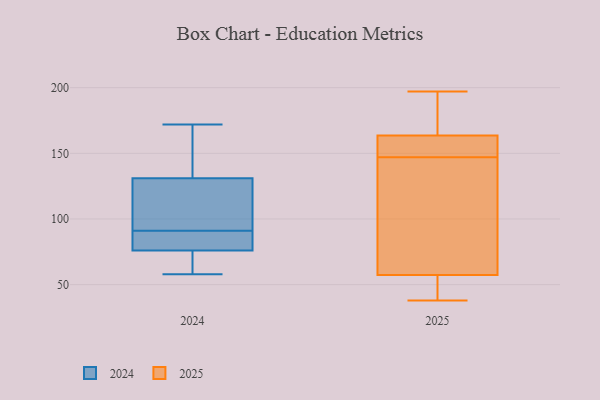
{"axis": {"x": "Satisfaction Score", "y": "Value"}, "legend": ["2024", "2025"], "data": [{"x": "", "y": 172, "type": "2024"}, {"x": "", "y": 76, "type": "2024"}, {"x": "", "y": 95, "type": "2024"}, {"x": "", "y": 87, "type": "2024"}, {"x": "", "y": 113, "type": "2024"}, {"x": "", "y": 81, "type": "2024"}, {"x": "", "y": 75, "type": "2024"}, {"x": "", "y": 131, "type": "2024"}, {"x": "", "y": 157, "type": "2024"}, {"x": "", "y": 58, "type": "2024"}, {"x": "", "y": 49, "type": "2025"}, {"x": "", "y": 177, "type": "2025"}, {"x": "", "y": 38, "type": "2025"}, {"x": "", "y": 147, "type": "2025"}, {"x": "", "y": 197, "type": "2025"}, {"x": "", "y": 121, "type": "2025"}, {"x": "", "y": 162, "type": "2025"}, {"x": "", "y": 152, "type": "2025"}, {"x": "", "y": 48, "type": "2025"}, {"x": "", "y": 82, "type": "2025"}, {"x": "", "y": 164, "type": "2025"}]}